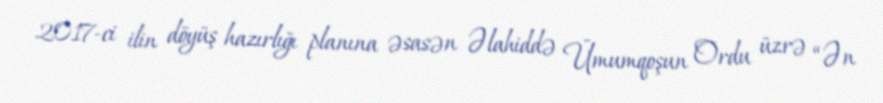
2017-ci ilin döyüş hazırlığı planına əsasən Əlahiddə Ümumqoşun Ordu üzrə “Ən